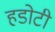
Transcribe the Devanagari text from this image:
हडोटी